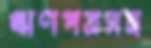
ঋণপত্রসহ